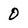
Character: 0